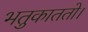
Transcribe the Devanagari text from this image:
भतुकाततो।